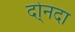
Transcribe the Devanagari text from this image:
दो्नदा